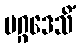
မဂ္ဂဒေသိံ